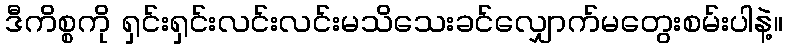
ဒီကိစ္စကို ရှင်းရှင်းလင်းလင်းမသိသေးခင်လျှောက်မတွေးစမ်းပါနဲ့။